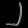
Digit: ၂